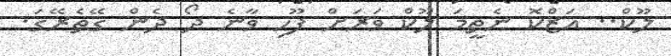
ލޫކް.. އަޒްކޮ ނެތީމަ ލޫކް ވަރަށް ފޫހި ވާނެ ދޯ ދެން ގޭތެރޭގަ.